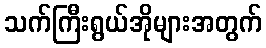
သက်ကြီးရွယ်အိုများအတွက်